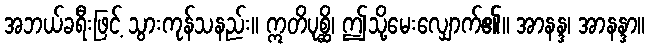
အဘယ်ခရီးဖြင့် သွားကုန်သနည်း။ ဣတိပုစ္ဆိ၊ ဤသို့မေးလျှောက်၏။ အာနန္ဒ၊ အာနန္ဒာ။